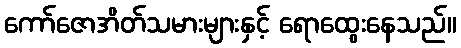
ကော်ဇောအိတ်သမားများနှင့် ရောထွေးနေသည်။